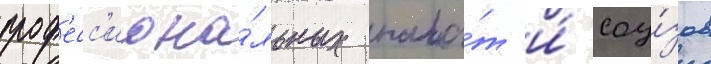
проф'есс'иона́льных пала́т и́ соу́зов